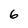
Character: 6